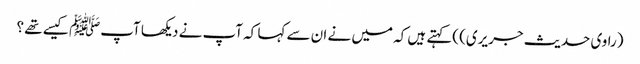
(راوی حدیث جریری) )کہتے ہیں کہ میں نے ان سے کہا کہ آپ نے دیکھا آپﷺ کیسے تھے ؟